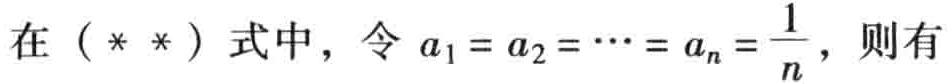
在（**）式中，令 \(a_1 = a_2 = \cdots = a_n = \frac{1}{n}\)，则有